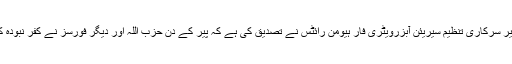
شام کے بحران پر نظر رکھنے والی غیر سرکاری تنظیم سیریئن آبزرویٹری فار ہیومن رائٹس نے تصدیق کی ہے کہ پیر کے دن حزب اللہ اور دیگر فورسز نے کفر نبودہ کا شمالی علاقہ اپنے قبضے میں کر لیا۔